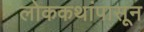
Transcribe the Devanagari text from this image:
लोककथांपासून